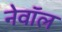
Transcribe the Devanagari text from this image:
नेवॉल